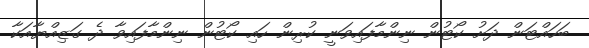
ބަހައްޓަން ދަށު ކޯޓުން ނިންމާފައިވަނީ ކުރިން ހައި ކޯޓުން ނިންމާފައިވާ ދެ ގަޒިއްޔާއަކާ